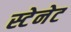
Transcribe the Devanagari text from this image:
स्टेनेट